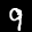
Label: 9